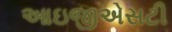
આઇજીએસટી